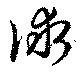
俅